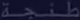
السّيّدة